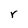
Character: r